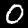
Digit: 0